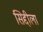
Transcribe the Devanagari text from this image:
सिद्दीला